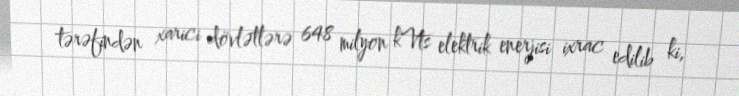
tərəfindən xarici dövlətlərə 648 milyon kVts elektrik enerjisi ixrac edilib ki,